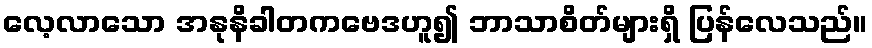
လေ့လာသော အနုနိခါတကဗေဒဟူ၍ ဘာသာစိတ်များရှိ ပြန်လေသည်။